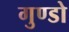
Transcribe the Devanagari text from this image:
गुण्डो